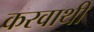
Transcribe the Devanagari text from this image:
करवाथी